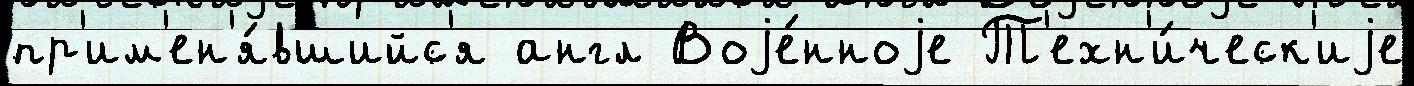
пр'им'ен'я́вшийс'я англ Воjе́нноjе Т'ехн'и́ческ'иjе